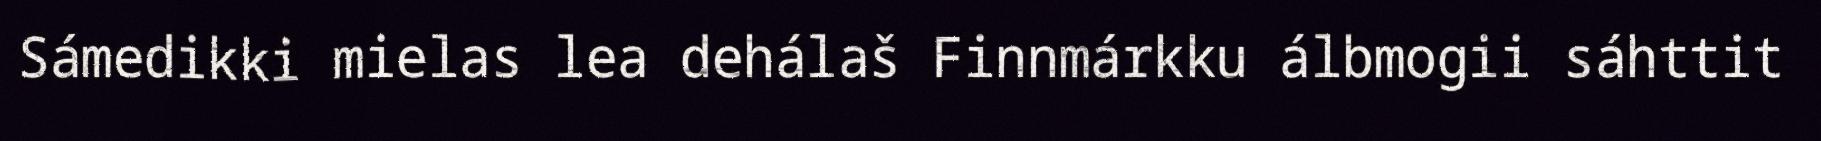
Sámedikki mielas lea dehálaš Finnmárkku álbmogii sáhttit